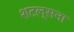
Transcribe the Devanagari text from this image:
शटल्सना